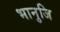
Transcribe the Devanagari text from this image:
भानुजि